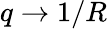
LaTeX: q\to 1/R